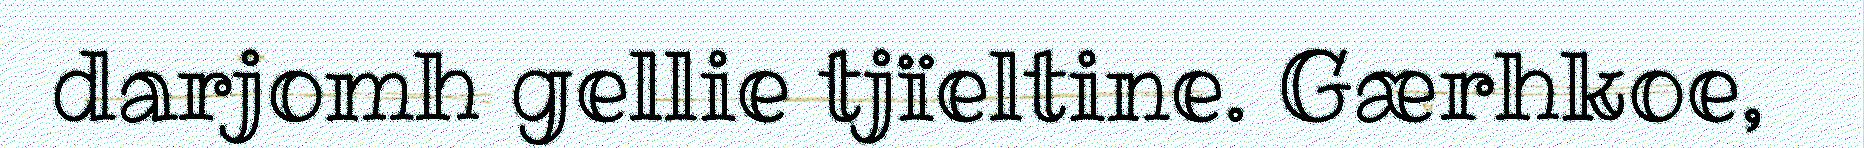
darjomh gellie tjïeltine. Gærhkoe,